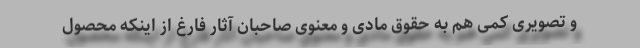
و تصویری کمی هم به حقوق مادی و معنوی صاحبان آثار فارغ از اینکه محصول